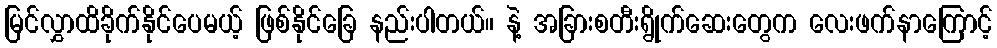
မြင်လွှာထိခိုက်နိုင်ပေမယ့် ဖြစ်နိုင်ခြေ နည်းပါတယ်။ နဲ့ အခြားစတီးရွိုက်ဆေးတွေက လေးဖက်နာကြောင့်